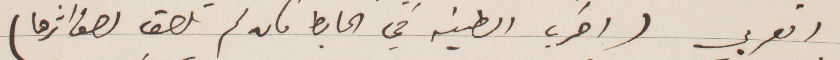
العربي (اضرب الطينة في الحائط فان لم تلصق لصق اثرها)